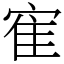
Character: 寉